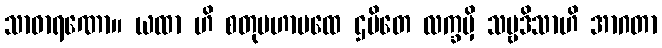
သာဓာရဏော။ ယထာ ဟိ စတုမဟာပထေ ဌပိတေ လက္ခမှိ သဗ္ဗဒိသာဟိ အာဂတာ